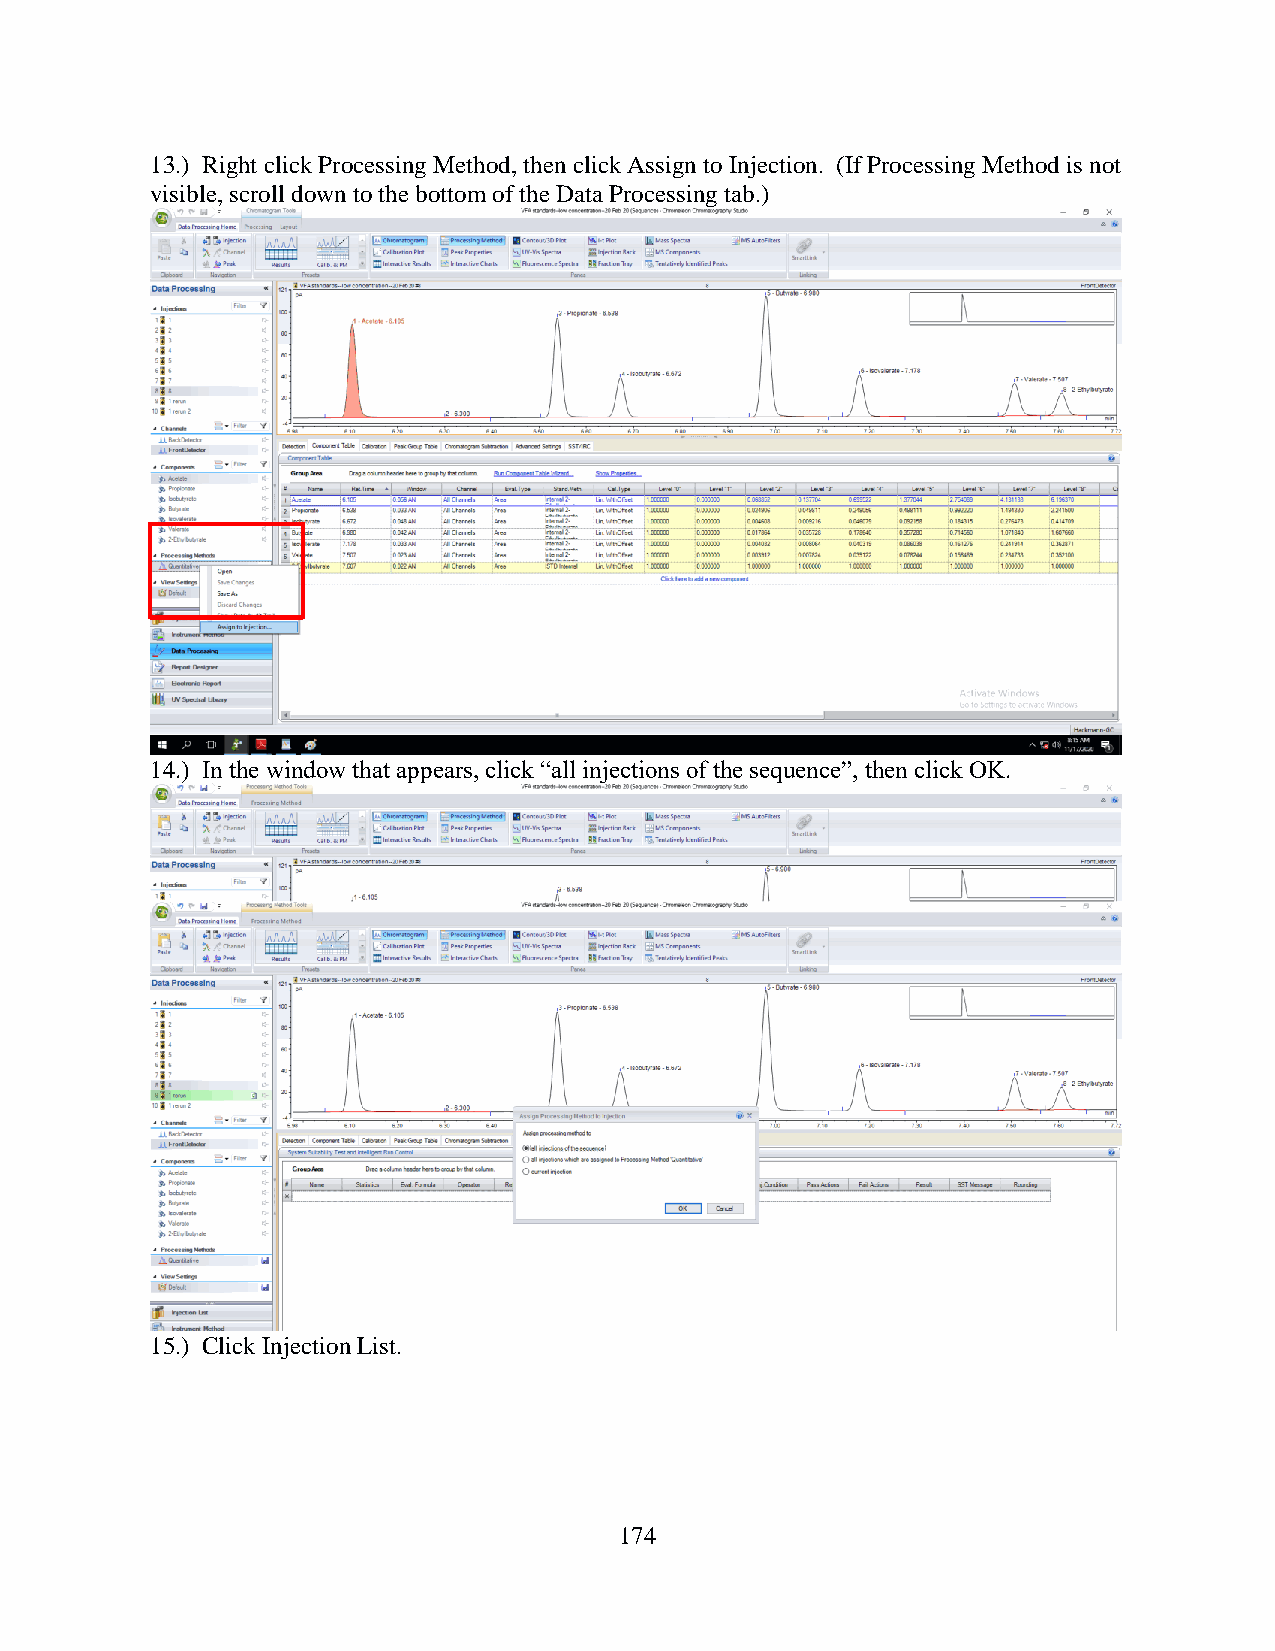
13.) Right click Processing Method, then click Assign to Injection. (If Processing Method is not
 visible, scroll down to the bottom of the Data Processing tab.)
 14.) In the window that appears, click “all injections of the sequence”, then click OK.
 15.) Click Injection List.
 174